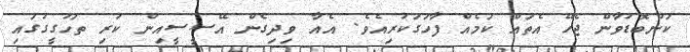
ކަންބޮޑުވާން ޖެހޭ އެތައް ކަމެއް ފާހަގަކުރިއެވެ. އެއާ ވިދިގެން އޭސީސީއިން ކުރި ތަހުގީގުގައި